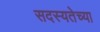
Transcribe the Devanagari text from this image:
सदस्यतेच्या